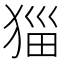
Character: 𭸖